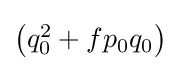
{\textstyle \left(q_{0}^{2}+fp_{0}q_{0}\right)}